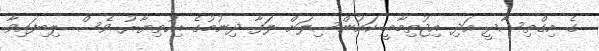
ގެ އިގްތިސާދީ އަދި އިޖުތިމާއީ ކައުންސިލަށް ލަފާ ދިނުމުގެ އިހުތިޔާރު ވެސް ލިބިފައިވާ